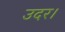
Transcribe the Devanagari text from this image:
उदर।